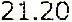
21.20